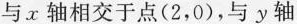
与。x轴相交于点(2，0)，与y轴